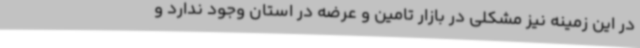
در این زمینه نیز مشکلی در بازار تامین و عرضه در استان وجود ندارد و